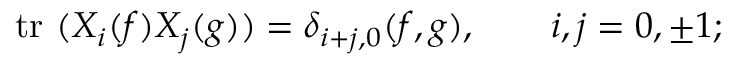
\mathrm { ~ t r ~ } ( X _ { i } ( f ) X _ { j } ( g ) ) = \delta _ { i + j , 0 } ( f , g ) , \qquad i , j = 0 , \pm 1 ;